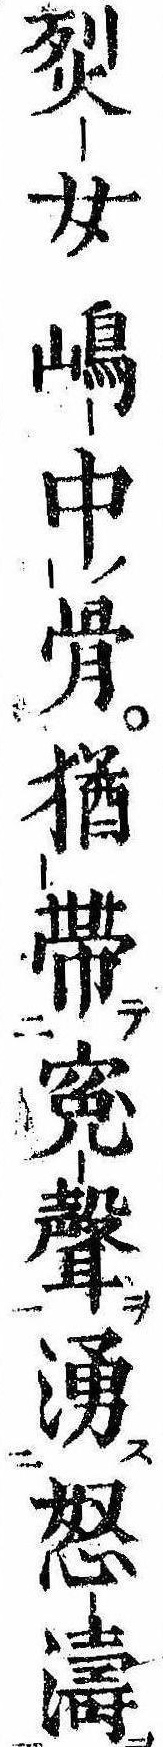
烮女島中骨猶帯冤声湧怒濤